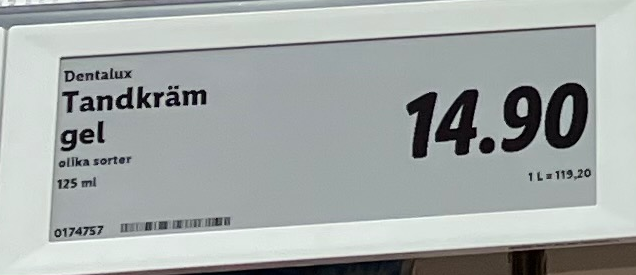
Vara: Tandkräm gel
Genomsnittspris: 119.2 per L